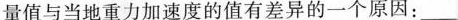
量值与当地重力加速度的值有差异的一个原因：